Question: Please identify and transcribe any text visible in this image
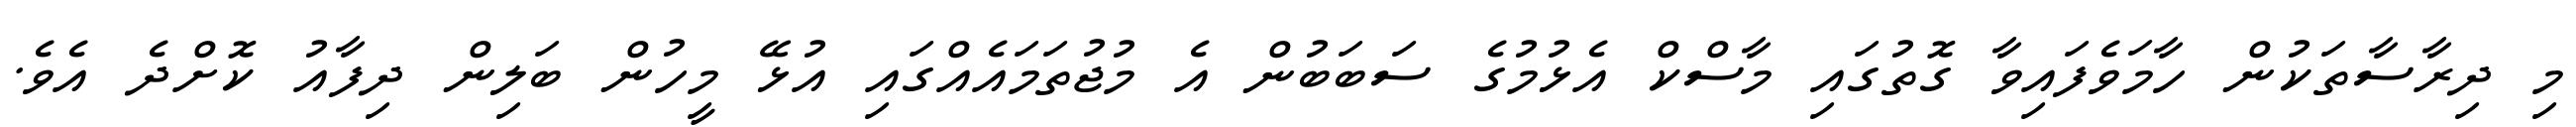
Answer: މި ދިރާސާތަކުން ހާމަވެފައިވާ ގޮތުގައި މާސްކް އެޅުމުގެ ސަބަބުން އެ މުޖުތަމައެއްގައި އުޅޭ މީހުން ބަލިން ދިފާއު ކޮށްދެ އެވެ.